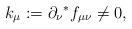
LaTeX: \begin{align*}k_\mu := \partial_\nu {}^*f_{\mu\nu} \not= 0 ,\end{align*}